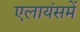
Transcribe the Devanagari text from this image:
एलायंसमें